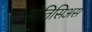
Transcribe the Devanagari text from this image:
नोतिसिअस